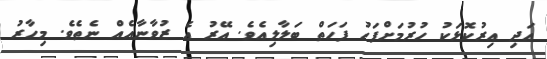
އަދި އިރުކޮޅަކު ހުރުމަށްފަހު ފަހަތް ބަލާލިއެވެ. އޭރު އެ ޒުވާނާއެއް ނެތެވެ. މިހާރު